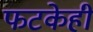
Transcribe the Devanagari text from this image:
फटकेही